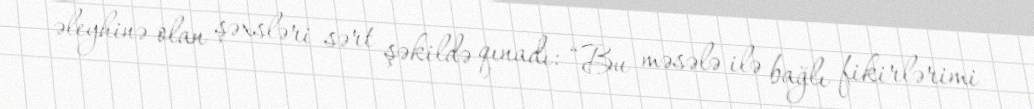
əleyhinə olan şəxsləri sərt şəkildə qınadı: “Bu məsələ ilə bağlı fikirlərimi